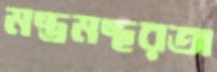
মন্ত্রমন্থরতা